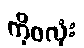
ကိုဝလုံး